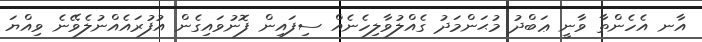
އާނ އެހެންތާ ވާނީ ޢަބްދު މުޙަންމަދު ގެއްލުވާލިހެނެއް ސިފައިން ފޮނުވައިގެން އުފުރައެއްނުލެވޭނެ ވިއްޔަ